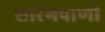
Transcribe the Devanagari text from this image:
शारंगपाणी